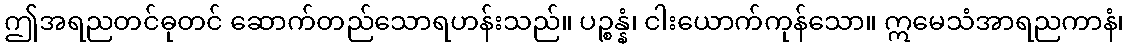
ဤအရညတင်ဓုတင် ဆောက်တည်သောရဟန်းသည်။ ပဉ္စန္နံ၊ ငါးယောက်ကုန်သော။ ဣမေသံအာရညကာနံ၊